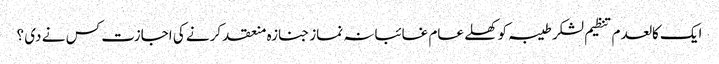
ایک کالعدم تنظیم لشکر طیبہ کو کھلے عام غائبانہ نماز جنازہ منعقد کرنے کی اجازت کس نے دی ؟